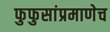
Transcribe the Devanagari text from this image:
फुफुसांप्रमाणेच